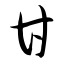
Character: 甘